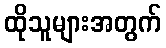
ထိုသူများအတွက်